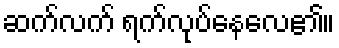
ဆက်လက် ရက်လုပ်နေလေ၏။